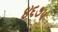
૪૬૭૫